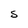
Character: S